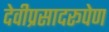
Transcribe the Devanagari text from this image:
देवीप्रसादरूपेण